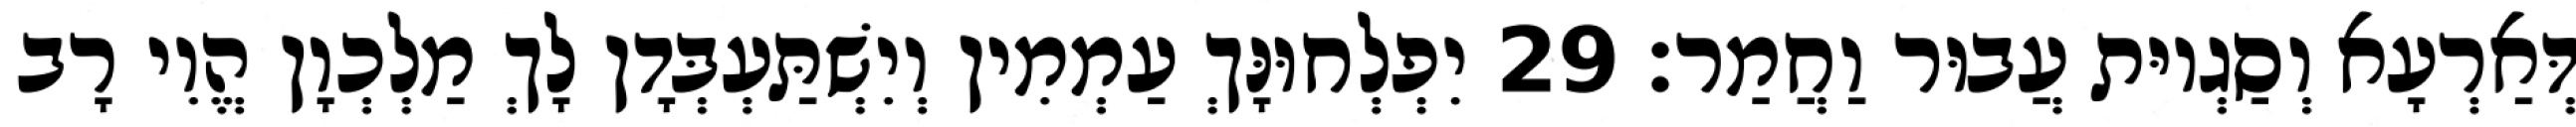
דְּאַרְעָא וְסַגְיוּת עֲבוּר וַחֲמַר׃ 29 יִפְלְחוּנָּךְ עַמְמִין וְיִשְׁתַּעְבְּדָן לָךְ מַלְכְוָן הֱוִי רָב